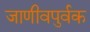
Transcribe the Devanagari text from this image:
जाणीवपुर्वक